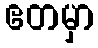
ဧတမှာ